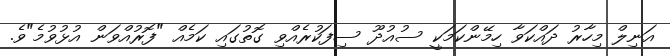
އަނިލް މިހާރު ދައްކަވާ ހިމޭންކަމަކީ ސުއުދޫ ސިފަކުރެއްވި ގޮތުގައި ކަމެއް "ފޮރުއްވަން އުޅުވުމެ"ވެ.